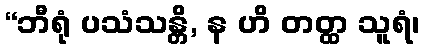
“ဘီရုံ ပသံသန္တိ, န ဟိ တတ္ထ သူရံ၊